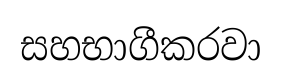
සහභාගීකරවා